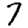
Digit: 7